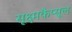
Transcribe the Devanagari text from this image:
सूक्ष्मकैप्सूल